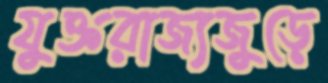
যুক্তরাজ্যজুড়ে